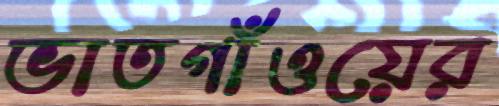
ভাতগাঁওয়ের